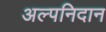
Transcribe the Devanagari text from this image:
अल्पनिदान